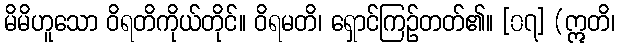
မိမိဟူသော ဝိရတိကိုယ်တိုင်။ ဝိရမတိ၊ ရှောင်ကြဉ်တတ်၏။ [၀၇] (ဣတိ၊